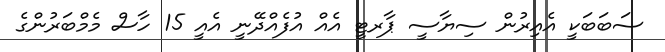
ސަބަބަކީ އެއިރުން ސިޔާސީ ޕާރޓީ އެއް އުފެއްދޭނީ އެއީ 15 ހާސް މެމްބަރުންގެ